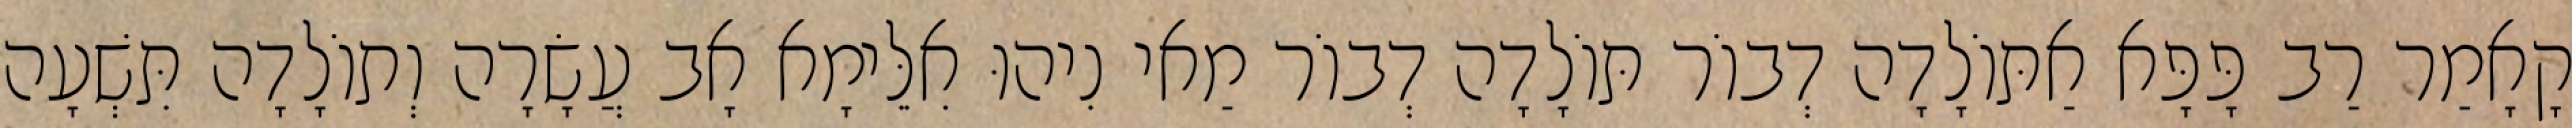
קָאָמַר רַב פָּפָּא אַתּוֹלָדָה דְבוֹר תּוֹלָדָה דְבוֹר מַאי נִיהוּ אִלֵּימָא אָב עֲשָׂרָה וְתוֹלָדָה תִּשְׁעָה